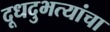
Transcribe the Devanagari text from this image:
दूधदुभत्यांचा